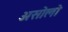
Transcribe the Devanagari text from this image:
असोलो